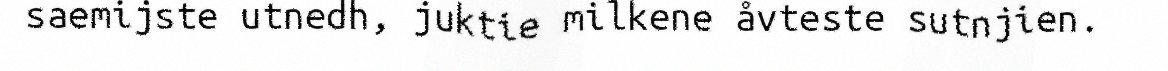
saemijste utnedh, juktie milkene åvteste sutnjien.